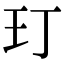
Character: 玎